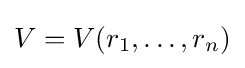
V=V(r_{1},\ldots ,r_{n})